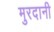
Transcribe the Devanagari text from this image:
मुरदानी